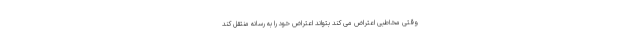
وقتی مخاطبی اعتراض می کند بتواند اعتراض خود را به رسانه منتقل کند